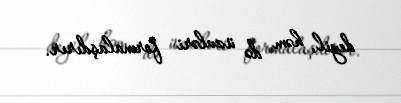
deyil, həm də üzvləri formalaşdırır.